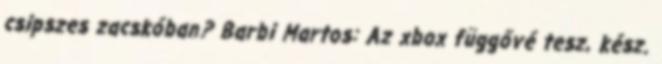
csipszes zacskóban? Barbi Martos: Az xbox függővé tesz, kész.